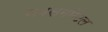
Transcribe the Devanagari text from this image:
सबसगमेंटल